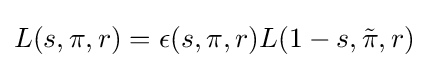
L(s,\pi ,r)=\epsilon (s,\pi ,r)L(1-s,{\tilde {\pi }},r)